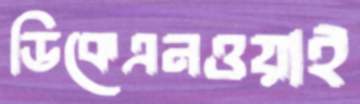
ডিকেএনওয়াই